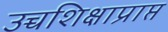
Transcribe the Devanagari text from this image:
उच्चशिक्षाप्राप्त